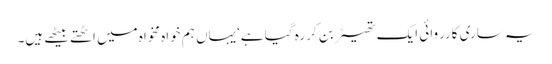
یہ ساری کارروائی ایک تھیٹر بن کر رہ گیا ہے‘یہاں ہم خواہ مخواہ میں اٹھتے بیٹھے ہیں۔